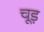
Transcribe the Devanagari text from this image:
चूड़